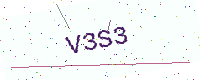
Text: V3S3